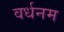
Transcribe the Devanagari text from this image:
वर्धनम